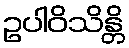
ဥပါဝိသိန္တိ